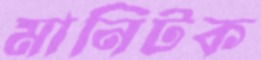
মানিটক